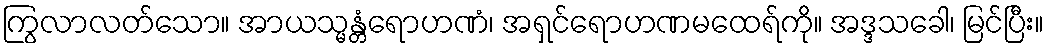
ကြွလာလတ်သော။ အာယသ္မန္တံရောဟဏံ၊ အရှင်ရောဟဏမထေရ်ကို။ အဒ္ဒသခေါ၊ မြင်ပြီး။